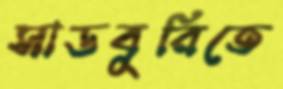
সাডবুরিতে